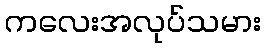
ကလေးအလုပ်သမား